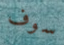
سوف